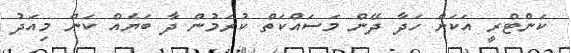
ކަންޓްރީ އަކަށް ހަދާ ދޭން މަސައްކަތް ކުރަމުން ދާ ބަޔެއް ކަން މިއަދު